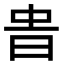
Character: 𣆊